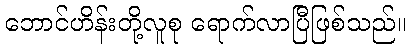
ဘောင်ဟိန်းတို့လူစု ရောက်လာပြီဖြစ်သည်။